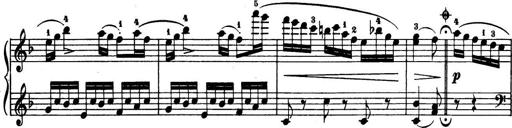
Title: 32 Sonatinas and Rondos for the Piano
Composer: Richard Kleinmichel